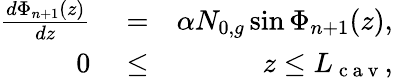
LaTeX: \begin{array}{rlr}{\frac{d\Phi_{n+1}(z)}{dz}}&{{}=}&{\alpha N_{0,g}\sin\Phi_{n+1}(z),}\\ {0}&{{}\le}&{z\le L_{\mathrm{~c~a~v~}},}\end{array}